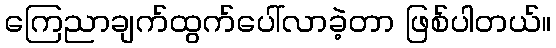
ကြေညာချက်ထွက်ပေါ်လာခဲ့တာ ဖြစ်ပါတယ်။